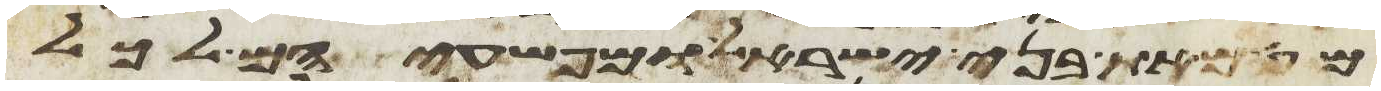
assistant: מטמאת בני ישראל ומפשעיהם לכל